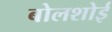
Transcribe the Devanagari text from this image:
बोलशोई